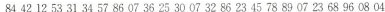
84 42 12 53 31 34 57 86 07 36 25 30 07 32 86 23 45 78 89 07 23 68 96 08 04